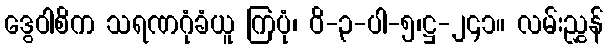
ဒွေဝါစိက သရဏဂုံခံယူ ကြပုံ၊ ဝိ-၃-ပါ-၅၊ဋ္ဌ-၂၄၁။ လမ်းညွှန်